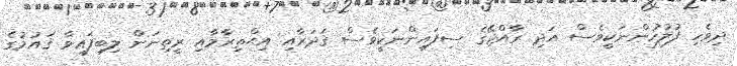
ދިވެހި ފުލުހުންނަކީވެސް އަދި ރާއްޖޭގެ ސިފައިންނަކީވެސް ޤަދަރާއި އިޙްތިރާމާއި ރީތިނަން ލިބިފައިވާ ޤައުމުގެ